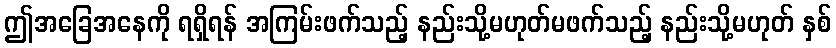
ဤအခြေအနေကို ရရှိရန် အကြမ်းဖက်သည့် နည်းသို့မဟုတ်မဖက်သည့် နည်းသို့မဟုတ် နှစ်